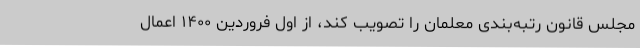
مجلس قانون رتبه‌بندی معلمان را تصویب کند، از اول فروردین ۱۴۰۰ اعمال